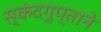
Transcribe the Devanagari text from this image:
स्कंदगुप्ताने